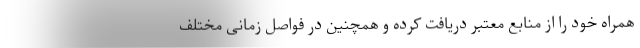
همراه خود را از منابع معتبر دریافت کرده و همچنین در فواصل زمانی مختلف